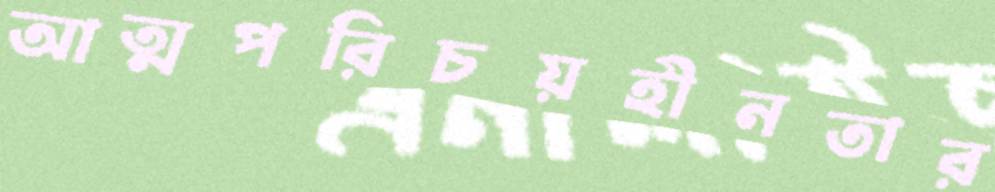
আত্মপরিচয়হীনতার